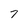
Character: 7